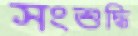
সংশুদ্ধি